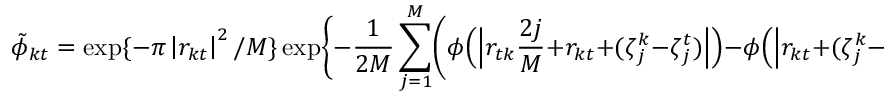
\tilde { \phi } _ { k t } = \exp \{ - { \pi } \left| r _ { k t } \right| ^ { 2 } / M \} \exp \Biggl \{ - \frac { 1 } { 2 M } \sum _ { j = 1 } ^ { M } \biggl ( \phi \Bigl ( \Bigl | r _ { t k } \frac { 2 j } { M } + r _ { k t } + ( \zeta _ { j } ^ { k } - \zeta _ { j } ^ { t } ) \Bigr | \Bigr ) - { } \phi \Bigl ( \Bigl | r _ { k t } + ( \zeta _ { j } ^ { k } - \zeta _ { j } ^ { t } ) \Bigr | \Bigr ) \biggr ) \Biggr \} ,